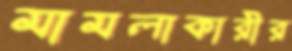
মামলাকারীর